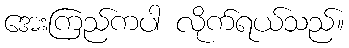
အေးကြည်ကပါ လိုက်ရယ်သည်။